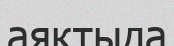
аяқтыда